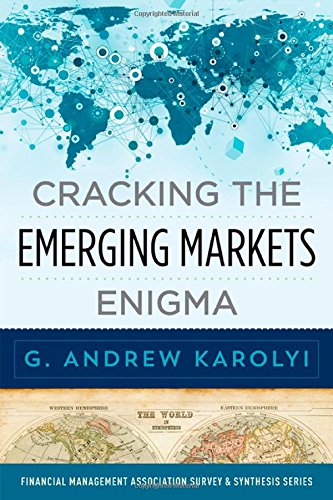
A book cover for Cracking the Emerging Markets Enigma (Financial Management Association Survey and Synthesis); G. Andrew Karolyi; Business & Money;